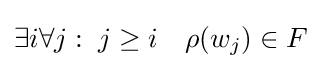
\exists i\forall j:\;j\geq i\quad \rho (w_{j})\in F